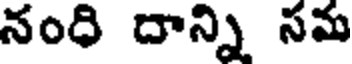
నంధి దాన్ని సమ